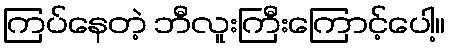
ကြပ်နေတဲ့ ဘီလူးကြီးကြောင့်ပေါ့။